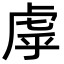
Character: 虖